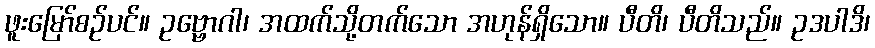
ဖူးမြော်စဉ်ပင်။ ဥဗ္ဗောဂါ၊ အထက်သို့တက်သော အဟုန်ရှိသော။ ပီတိ၊ ပီတိသည်။ ဥဒပါဒိ၊